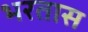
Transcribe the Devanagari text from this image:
भरतास